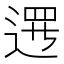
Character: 𨔍